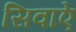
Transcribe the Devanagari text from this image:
सिवाऐ